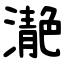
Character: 濪